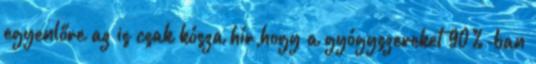
egyenlőre az is csak kósza hír,hogy a gyógyszereket 90%-ban